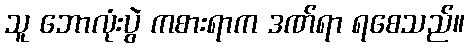
သူ ဘောလုံးပွဲ ကစားရာက ဒဏ်ရာ ရစေသည်။